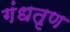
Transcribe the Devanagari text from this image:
गंधतृण